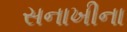
સનાખીના